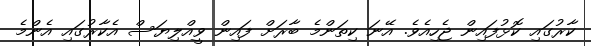
ކާރުގައި ކޮޅުފައިން ޖެހިއެވެ. އޭނަ ކިތަންމެ ބާރަށް ފައިން ވީއްލިޔަސް އެކާރުގައި އެންމެ